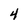
Character: 4